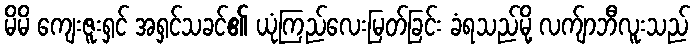
မိမိ ကျေးဇူးရှင် အရှင်သခင်၏ ယုံကြည်လေးမြတ်ခြင်း ခံရသည်မို့ လက်ျာဘီလူးသည်